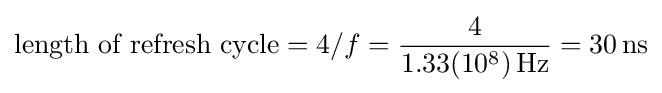
{\text{length of refresh cycle}}=4/f={\frac {4}{1.33(10^{8})\,{\text{Hz}}}}=30\,{\text{ns}}